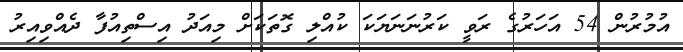
އުމުރުން 54 އަހަރުގެ ރަވީ ކަރުނަނަޔަކަ ކުއްލި ގޮތަކަށް މިއަދު އިސްތިއުފާ ދެއްވިއިރު